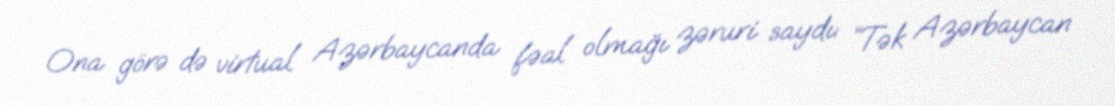
Ona görə də virtual Azərbaycanda fəal olmağı zəruri saydı: “Tək Azərbaycan